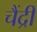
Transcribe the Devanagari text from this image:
चैंद्री